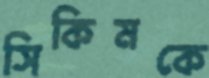
সিকিমকে